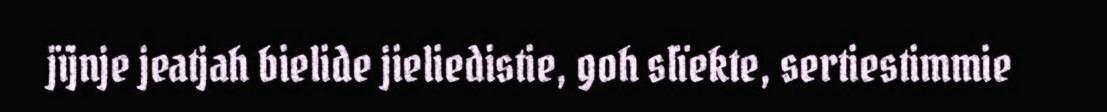
jïjnje jeatjah bielide jieliedistie, goh slïekte, sertiestimmie